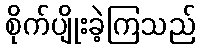
စိုက်ပျိုးခဲ့ကြသည်